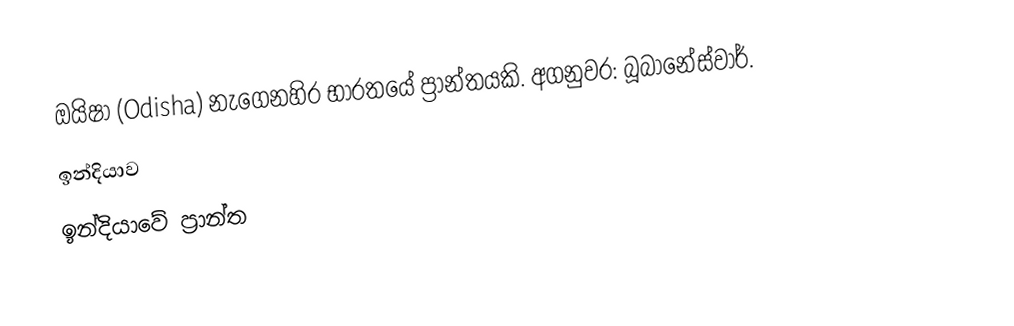
ඔයිෂා (Odisha) නැගෙනහිර භාරතයේ ප්‍රාන්තයකි. අගනුවර: බූබානේස්වාර්.
ඉන්දියාව
ඉන්දියාවේ ප්‍රාන්ත